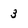
Character: 3